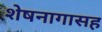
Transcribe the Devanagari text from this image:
शेषनागासह